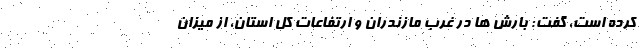
کرده است، گفت: بارش ها در غرب مازندران و ارتفاعات کل استان، از میزان